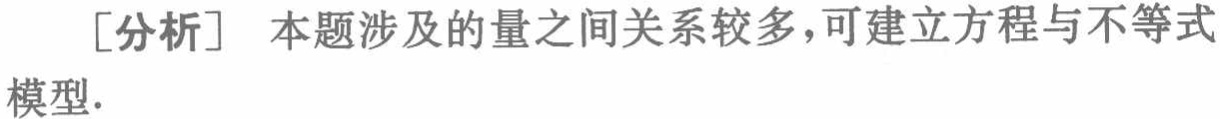
[分析] 本题涉及的量之间关系较多，可建立方程与不等式模型.